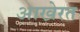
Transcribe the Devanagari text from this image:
आखे़रत